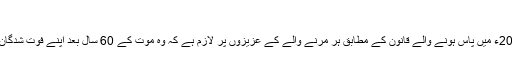
موت کے موتی
جنوبی کوریا میں 2000ء میں پاس ہونے والے قانون کے مطابق ہر مرنے والے کے عزیزوں پر لازم ہے کہ وہ موت کے 60 سال بعد اپنے فوت شدگان کو قبر سے نکال لیں۔